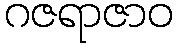
ဂဇရာဇာဝ